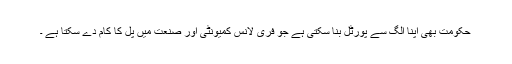
حکومت بھی اپنا الگ سے پورٹل بنا سکتی ہے جو فری لانس کمیونٹی اور صنعت میں پل کا کام دے سکتا ہے ۔